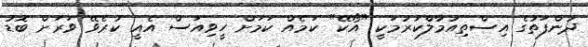
ދުންފަތުގެ އިސްތިއުމާލްކުރުމަކީ "އޯކޭ" ކަމެއް ކަމަށް ހީވިއަސް އެއީ ކުރެވޭ ވަރަށް ބޮޑު